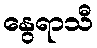
နွေရာသီ